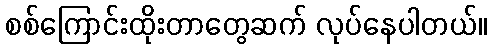
စစ်ကြောင်းထိုးတာတွေဆက် လုပ်နေပါတယ်။